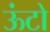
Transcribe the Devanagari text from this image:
ऊंटो